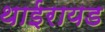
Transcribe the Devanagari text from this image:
थाईरायड